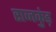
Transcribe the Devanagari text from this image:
राजकुंड़